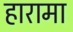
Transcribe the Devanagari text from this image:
हारामा